Report on vaccination in Madras 1877-1894 - 1877-1894
Year: 1877
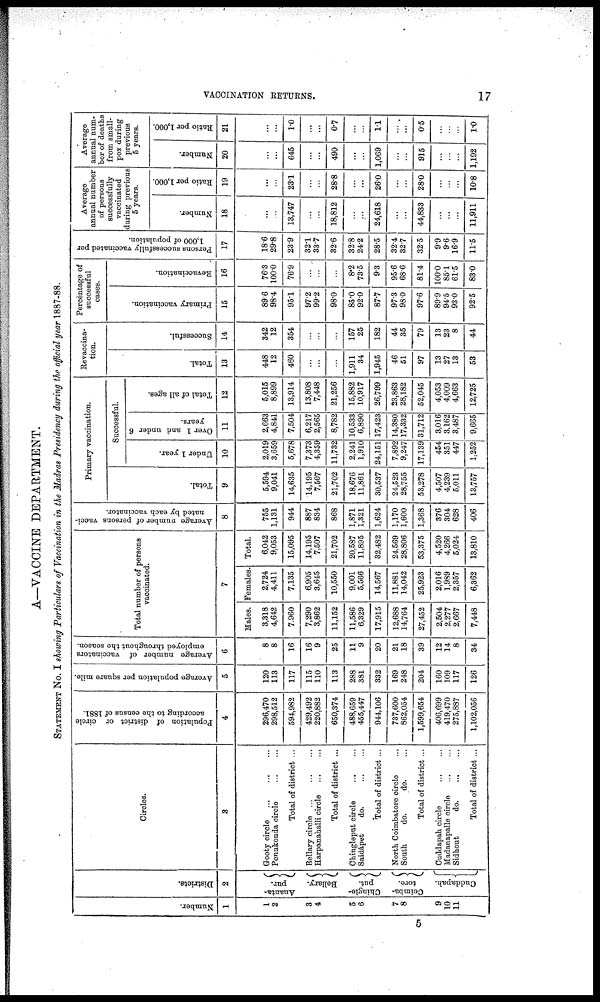
VACCINATION RETURNS.
17
A—VACCINE DEPARTMENT.
STATEMENT No. I showing Particulars of Vaccination in the Madras Presidency during the official year 1887-88.
Number.
1
1
2
3
4
5
6
7
8
9
10
11
Districts.
2
Ananta¬
pur.
Bellary.
Chingle¬
put.
Coimba¬
tore.
Cuddapah.
Circles.
3
Gooty circle
...
...
...
Penukonda circle
Total of district ...
Bellary circle
...
...
...
Harpanahalli circle
...
...
Total of district ...
Chingleput circle
...
...
Saidápet
do. ... ...
Total of district ...
North Coimbatore circle ...
South
do.
do. ...
Total of district ...
Cuddapah circle
...
...
Madanapalle circle
...
...
Sidhout
do. ... ...
Total of district ...
Population of district or circle
according to the census of 1881.
4
296,470
298,512
594,982
429,492
220,882
650,374
488,659
455,447
944,106
737,600
862,054
1,599,654
406,699
419,470
275,887
1,102,056
Average population per square mile.
5
120
113
117
115
110
113
288
381
332
169
248
204
160
109
117
126
Average number of vaccinators
employed throughout the season.
6
8
8
16
16
9
25
11
9
20
21
18
39
12
14
8
34
Total number of persons
vaccinated.
7
Males.
3,318
4,642
7,960
7,290
3,862
11,152
11,586
6,329
17,915
12,688
14,764
27,452
2,504
2,277
2,667
7,448
Females.
2,724
4,411
7,135
6,905
3,645
10,550
9,001
5,566
14,567
11,881
14,042
25,923
2,016
1,989
2,357
6,362
Total. 6,042 9,053
15,095
14,195
7,507
21,702
20,587
11,895
32,482
24,569
28,806
53,375
4,520
4,266
5,024
13,810
Average number of persons vacci-
nated by each vaccinator.
8
755
1,131
944
887
834
868
1,871
1,321
1,624
1,170
1,600
1,368
376
304
628
406
Primary vaccination.
Total.
9
5,594
9,041
14,635
14,195
7,507
21,702
18,676
11,861
30,537
24,523
28,755
53,278
4,507
4,239
5,011
13,757
Successful.
Under 1 year.
10
2,019
3,659
5,678
7,373
4,359
11,732
2,241
1,910
24,151
7,892
9,247
17,139
454
351
447
1,252
Over 1 and under 6
years.
11
2,663
4,841
7,504
6,217
2,565
8,782
10,533
6,890
17,423
14,380
17,332
31,712
3,016
3,162
3,487
9,665
Total of all ages.
12
5,015
8,899
13,914
13,808
7,448
21,256
15,882
10,917
26,799
23,863
28,182
52,045
4,053
4,009
4,663
12,725
Revaccina¬
tion.
Total.
13
448
12
460
...
...
...
1,911
34
1,945
46
51
97
13
27
13
53
Successful.
14
342
12
354
...
...
...
157
25
182
44
35
79
13
23
8
44
Percentage of
successful
cases.
Primary vaccination.
15
89.6
98.4
95.1
97.2
99.2
98.0
85.0
92.0
87.7
97.3
98.0
97.6
89.9
94.5
93.0
92.5
Revaccination.
16
76.3
100.0
76.9
...
...
...
8.2
73.5
9.3
95.6
68.6
81.4
100.0
85.1
61.5
83.0
Persons successfully vaccinated per
1,000 of population.
17
18.6
29.8
23.9
32.1
33.7
32.6
32.8
24.2
28.5
32.4
32.7
32.5
9.9
9.6
16.9
11.5
Average
annual number
of persons
successfully
vaccinated
during previous
5 years.
Number.
18
...
...
13,747
...
...
18,812
...
...
24,618
...
...
44,833
...
...
...
11,911
Ratio per 1,000.
19
...
...
23.1
...
...
28.8
...
...
26.0
...
...
28.0
...
...
...
10.8
Average
annual num-
ber of deaths
from small-
pox during
previous
5 years.
Number.
20
...
...
645
...
...
490
...
...
1,069
...
...
91.5
...
...
...
1,192
Ratio per 1,000.
21
...
...
1.0
...
...
0.7
...
...
1.1
...
...
0.5
...
...
...
1.0
5